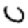
Digit: 0